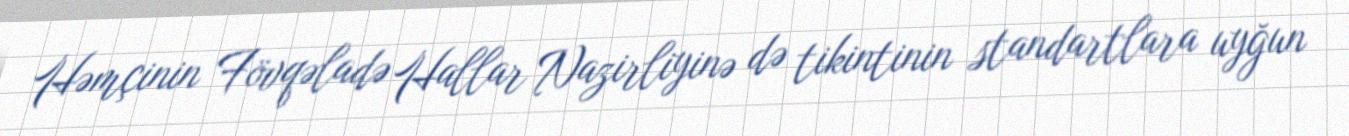
Həmçinin Fövqəladə Hallar Nazirliyinə də tikintinin standartlara uyğun